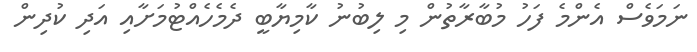
ނަމަވެސް އެންމެ ފަހު މުބާރާތުން މި ލިބުނު ކާމިޔާބީ ދެމެހެއްޓުމަށާއި އަދި ކުދިން